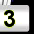
Digit: 3